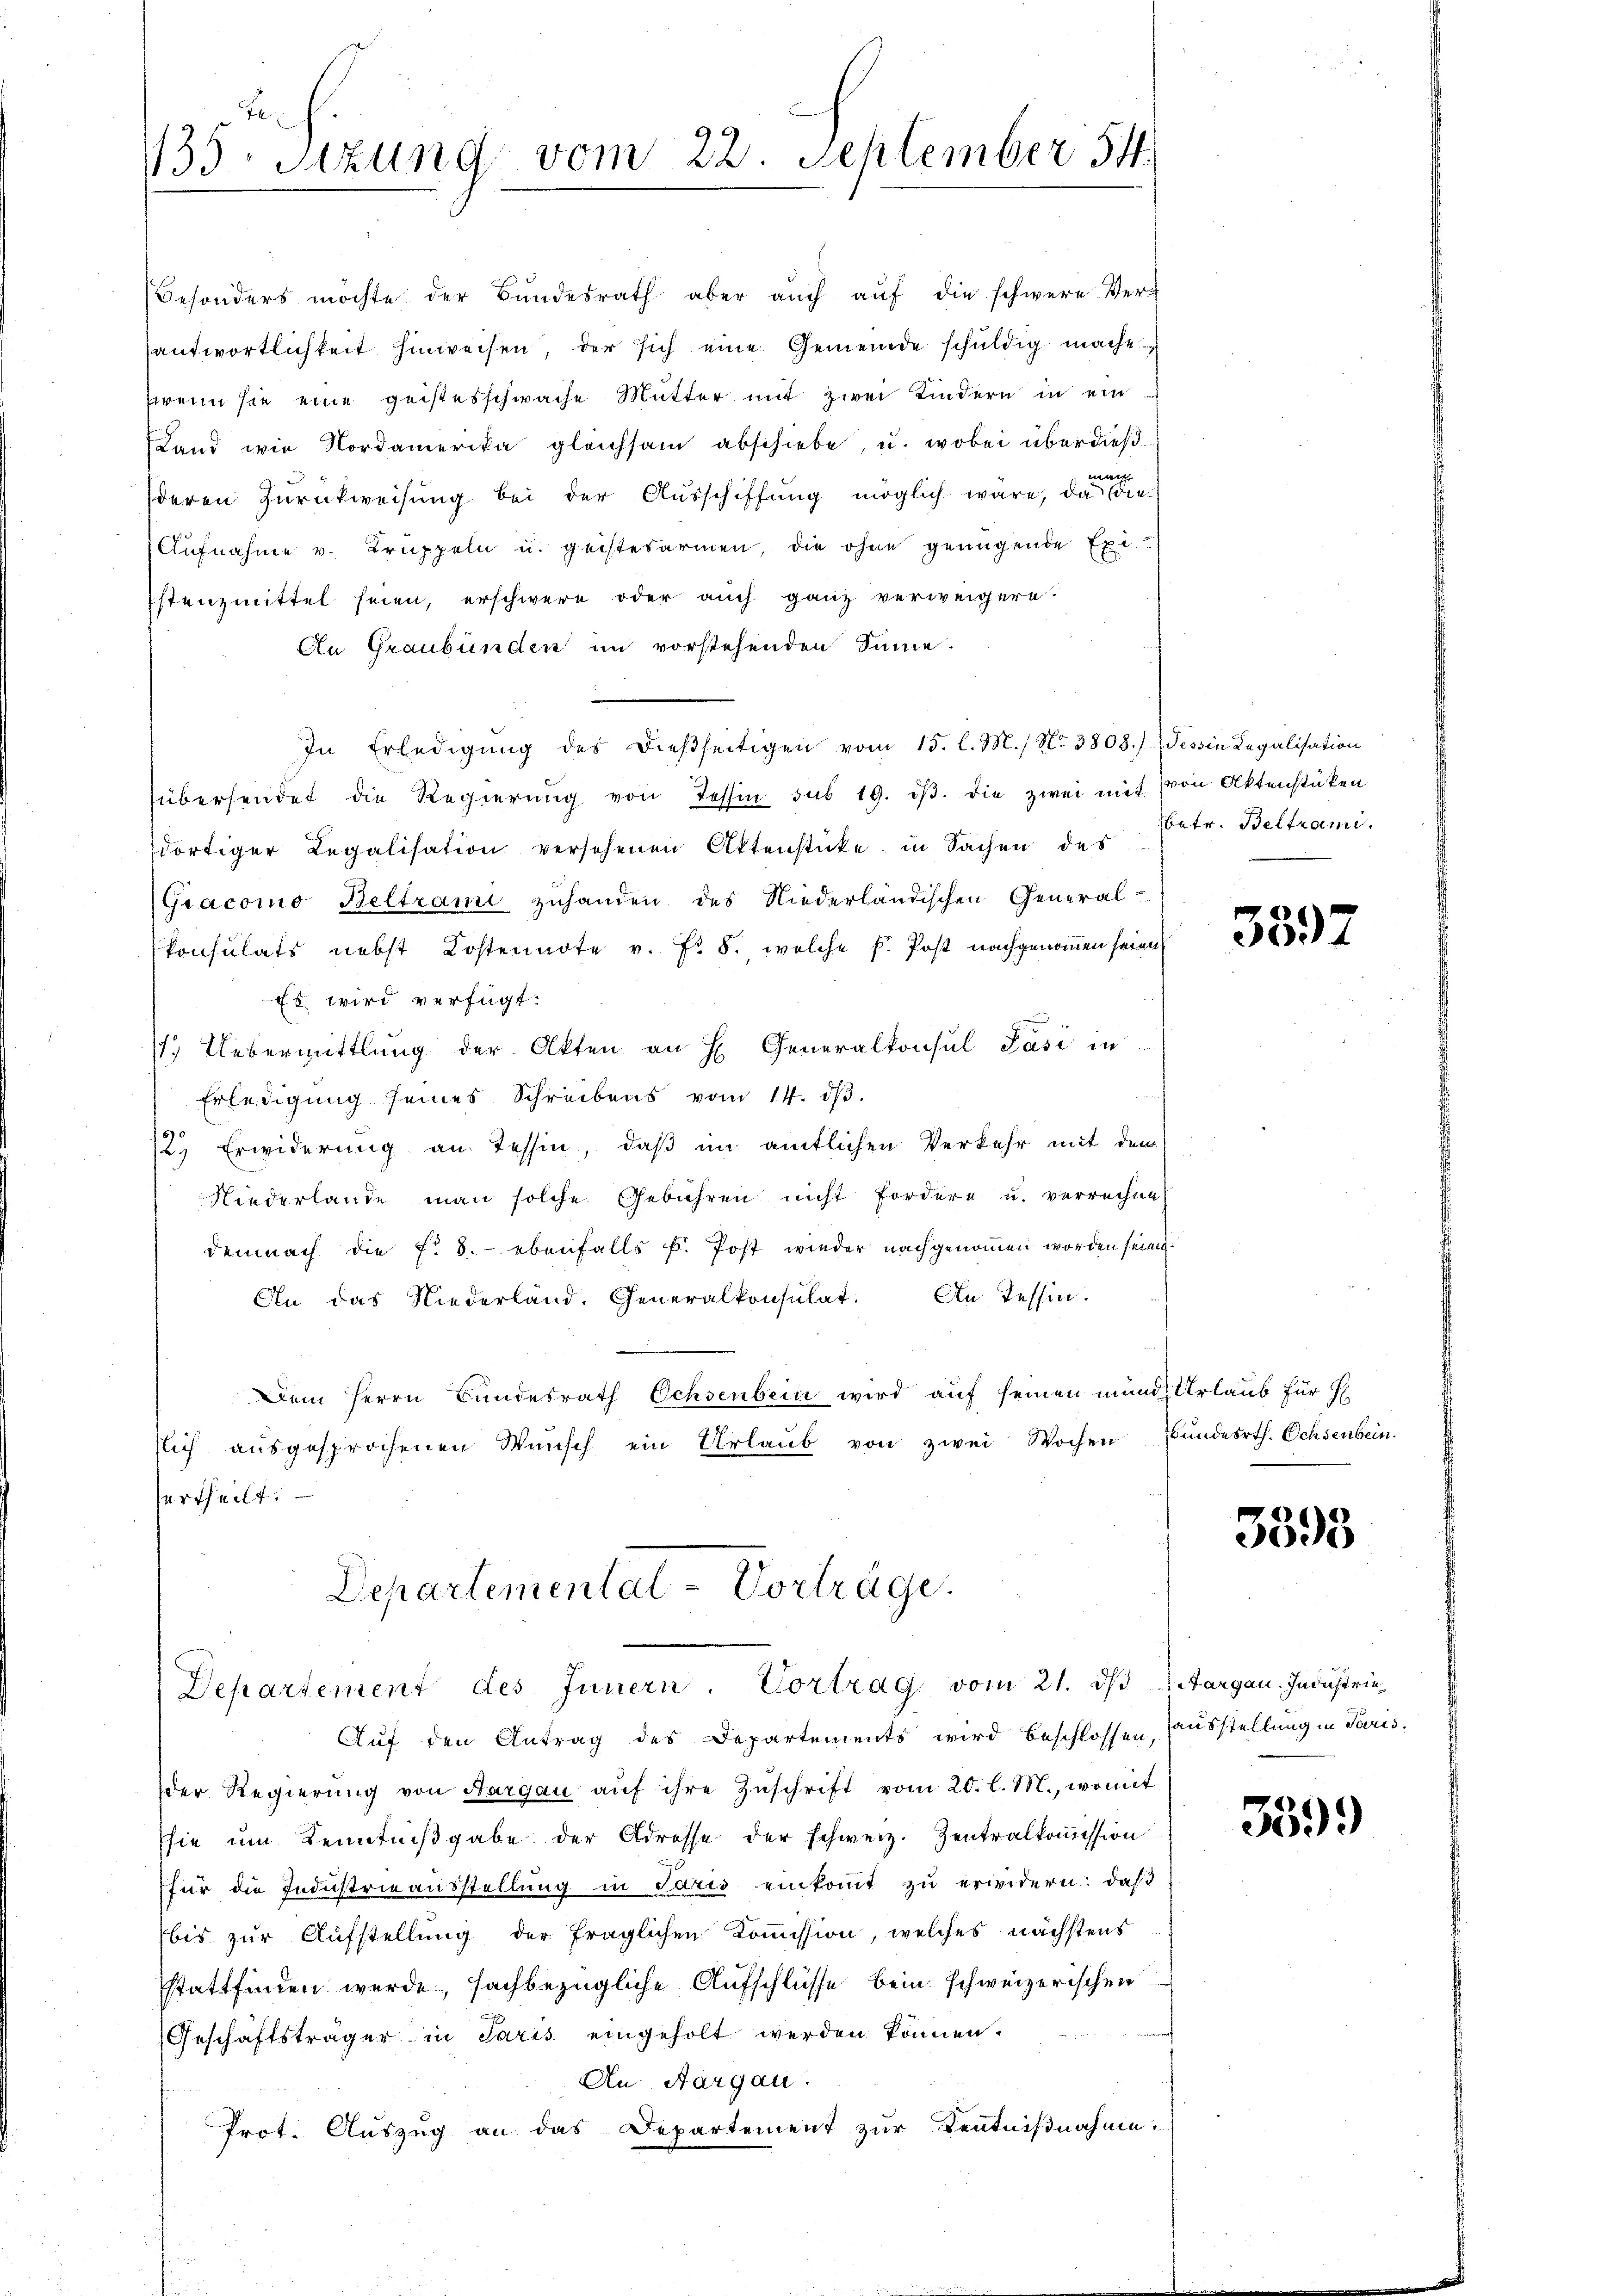
Besonders möchte der Bŭndesrath aber aŭch aŭf die schwere Ver-
antwortlichkeit hinweisen, der sich eine Gemeinde schuldig mache
zwenn sie eine geistesschwäche Mutter mit zwei Kindern in ein¬
Land wie Nordamerika gleichsam abschiebe, u. wobei überdieße
deren Zurückweisung bei der Ausschiffung möglich wäre, da die¬
Aufnahme v. Bruppeln u. geistesarmen, die ohne genügende Exi
istenzmittel seien, erschwere oder auch ganz verweigern.
An Graubünden im vorstehenden Sinne.
In Erledigung des dießseitigen vom 15. l. M., No 3808.) (Tessin Legalisation
übersendet die Regierung von Tessin sub 19. dβ. die zwei mit von Aktenstücken
dortiger Legalisation versehenen Aktenstücke in Sachen des
Gracomo Beltrami zuhanden des Niederländischen General-
konsulats nebst Kostennote v. Fr. 8. welche k. Post nachgenommen seien
Es wird verfügt:
1.) Uebermittlung der Akten an H. Generalkonsul Pasi in
Erledigung seines Schreibens vom 14. dβ.
2., Erwiderung an Tessin, daß im amtlichen Verkehr mit dem
Niederlande man solche Gebühren nicht fordere u. verrechne
demnach die f. 8. ebenfalls k. Post wieder nachgenommen worden seien.
An das Niederland. Generalkonsulat. An Tessin.
Dem Herrn Bundesrath Ochsenbein wird auf seinen mund Urlaub für H
slich aŭsgesprochenen Wŭnsch ein Urlaŭb von zwei Wochen Bŭndesrth. Ochsenbein.
surtheilt. —

Fe
135 sizung vom 22. September 54

Departemental-Vorträge.
Departement des Innern Vortrag vom 21. dβ Aargau. Industrie¬

Auf den Antrag des Departements wird beschlossen, ausstellung in Paris.
der Regierŭng von Aargau aŭf ihre Zŭschrift vom 20. l. M., womit
sie um Kenntnißgabe der Adresse der schweiz. Zentralkommission
für die Industrieausstellŭng in Paris einkommt zŭ erwidern: daß
bis zur Aufstellung der fraglichen Koṁission, welches nächstens
sstattfinden werde, sachbezügliche Aufschlüsse bein schweizerischen
Geschäftsträger in Paris eingeholt werden können.
An Aargau.
Prot. Auszug an das Departement zur Kentnißnahme.

betr. Beltrami

3597

3393

359)